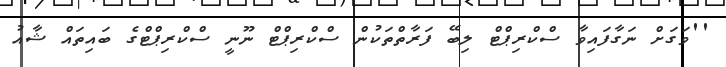
''ވަގަށް ނަގާފައިވާ ސްކްރިޕްޓް ލިބޭ ފަރާތްތަކުން ސްކްރިޕްޓް ނޫނީ ސްކްރިޕްޓްގެ ބައިތައް ޝާއު